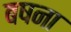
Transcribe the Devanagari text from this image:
बषना